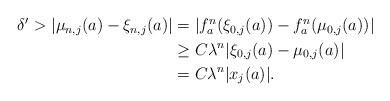
LaTeX: \begin{align*}\begin{aligned}\delta'>|\mu_{n,j}(a)-\xi_{n,j}(a)|&=|f_{a}^{n}(\xi_{0,j}(a))-f_{a}^{n}(\mu_{0,j}(a))|\\&\geq C\lambda^{n}|\xi_{0,j}(a)-\mu_{0,j}(a)|\\&=C\lambda^n |x_j(a)|.\end{aligned}\end{align*}